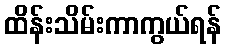
ထိန်းသိမ်းကာကွယ်ရန်